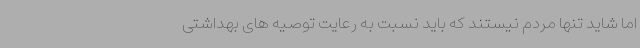
اما شاید تنها مردم نیستند که باید نسبت به رعایت توصیه های بهداشتی